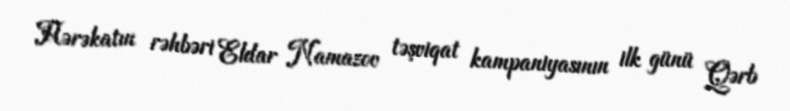
Hərəkatın rəhbəri Eldar Namazov təşviqat kampaniyasının ilk günü Qərb